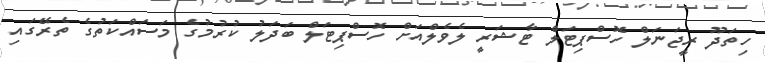
ހިތަދޫ ރީޖަނަލް ހޮސްޕިޓަލް ޓާޝަރީ ލެވެލްއަށް ހޮސްޕިޓަލް ބަދަލު ކުރުމުގެ މަސައްކަތުގެ ތެރޭގައި